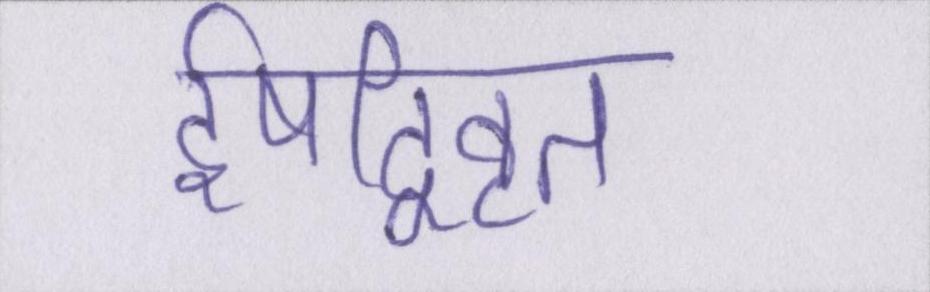
ईषद्विवृत